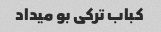
کباب ترکی بو میداد